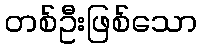
တစ်ဦးဖြစ်သော